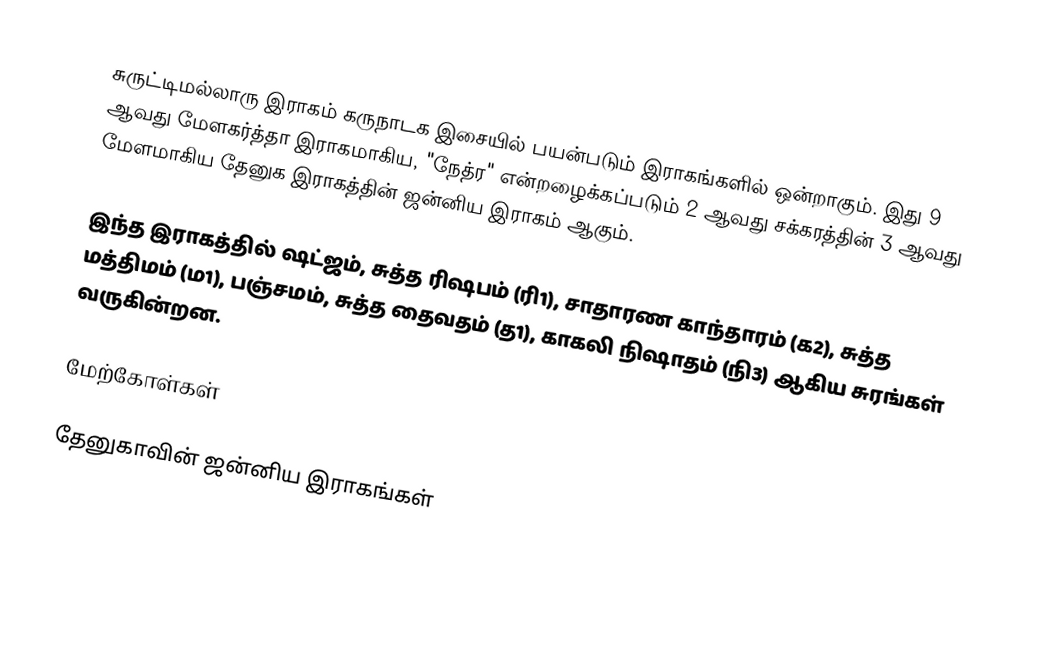
சுருட்டிமல்லாரு இராகம் கருநாடக இசையில் பயன்படும் இராகங்களில் ஒன்றாகும். இது 9 ஆவது மேளகர்த்தா இராகமாகிய, "நேத்ர" என்றழைக்கப்படும் 2 ஆவது சக்கரத்தின் 3 ஆவது மேளமாகிய தேனுக இராகத்தின் ஜன்னிய இராகம் ஆகும்.

இந்த இராகத்தில் ஷட்ஜம், சுத்த ரிஷபம் (ரி1), சாதாரண காந்தாரம் (க2), சுத்த மத்திமம் (ம1), பஞ்சமம்,  சுத்த தைவதம் (த1), காகலி நிஷாதம் (நி3) ஆகிய சுரங்கள் வருகின்றன.

மேற்கோள்கள்

தேனுகாவின் ஜன்னிய இராகங்கள்